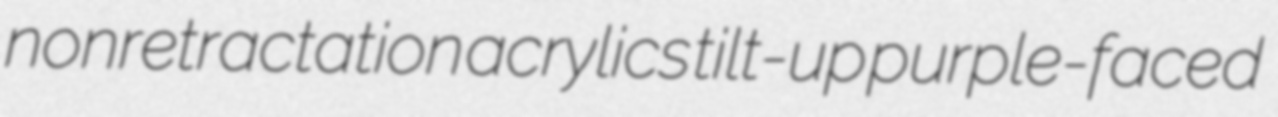
nonretractation acrylics tilt-up purple-faced